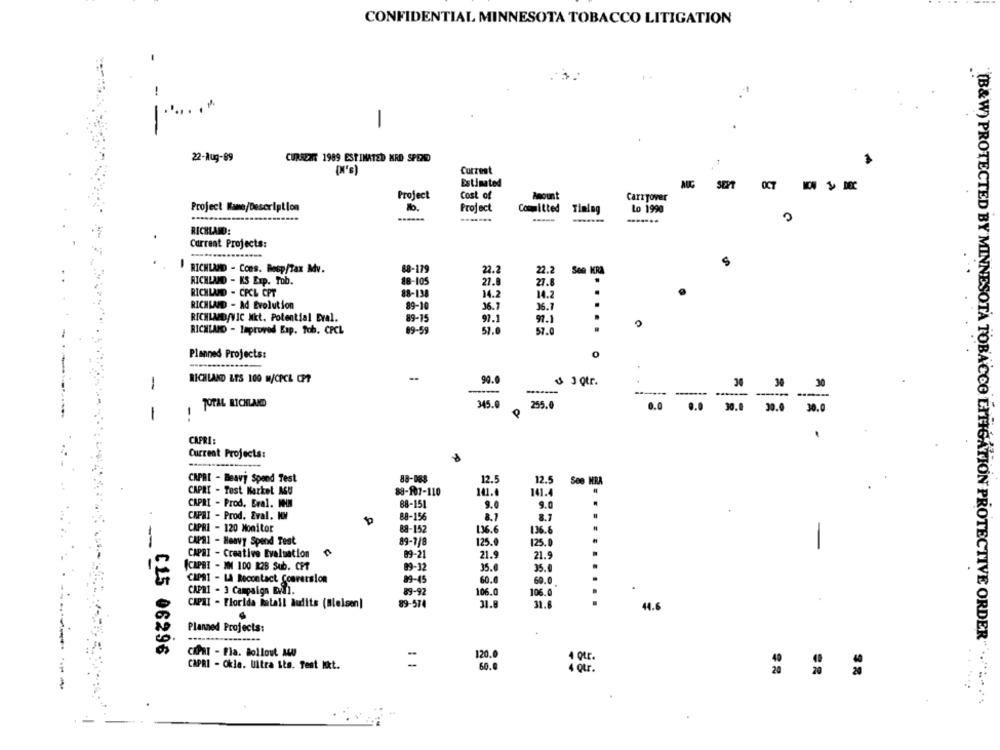
CONFIDENTIAL MINNESOTA TOBACCO LITIGATION
-3.
-
22-Aug-69
CURRENT 1989 ESTIMATED MRD SPEND
Current
Estimated
AUC
0C7
Project
Cost of
Amount
Carryover
Project Name/Description
Project
Committed
Timlag
Lo 1990
------
RICHLAND:
Current Projects:
S
RICHLAND - Cons. Besp/Tax Mv.
88-179
22.2
22.2
Sen KRA
RICHLAND - KS Exp. Tob.
88-105
27.8
27.8
RICHLAND - CPCL CPT
88-138
14.2
14.2
RICHLAND - Ad Evolution
89-10
36.7
36.7
RICHLAND/VIC Mkt. Potential Dral.
89-15
97.1
97.1
.....
0
RICHLAND - Improved Esp. Tob. CPCL
89-59
57.0
57.0
Planned Projects:
0
RICHLAND LES 100 M/CPCL CP7
90.0
6 3 Qtr.
34
30
30
1
....---
TOTAL RICHLAND
345.0
255.0
0.0
0.0
1
30.0
30.0
30.0
1
CAPRI:
Current Projects:
CAPRI - Beavy Spend Test
88-088
12.5
12.5
Seo HRA
CAPRI - Test Market MU
88-107-110
141.4
141.4
CAPRI - Prod. Eral. MHIM
88-151
9.0
9.0
CAPRI - Prod. Eval. KM
88-156
8.7
8.7
CAPRI - 120 Monitor
88-152
136.6
136.6
CAPRI - Heavy Spend Test
89-7/8
125.0
125.0
--
CAPRI - Creative Evaluation
89-21
21.9
21.9
CAPRI - MM 100 128 Sub. CPT
89-32
35.0
35.0
CAPRI - LA Rocontact Comrersion
89-45
60.0
60.0
CAPRI - 3 Campaign El.
89-92
106.0
106.0
CAPMI - Florida Batall audits (Melsen)
89-574
31.
31.
44.6
Planned Projects:
CL5 06296
CAPRI - Fla. Bollout AW
120.0
4 Qtr.
CAPRI - Okla. Ultra its. Test Mkt.
60.0
4 Qtr.
"(B&W) PROTECTED BY MINNESOTA TOBACCO LITIGATION PROTECTIVE ORDER" .. " ....